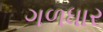
ગળધાર